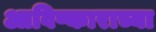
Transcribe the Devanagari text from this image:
आविष्काराच्या